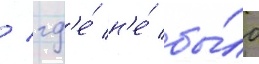
/ гд'е́ н'е́ бы́ло